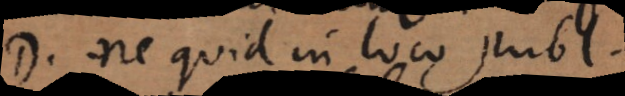
D. ne quid in loco publico.